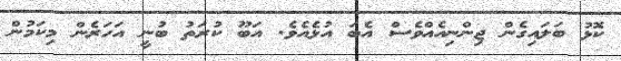
ކޮޅު ބަލައިގެން ޖިންނިއެއްވެސް އެބަ އުޅެއެވެ. އަބޫ ކުރަތު ބުނީ އަހަރެން މިކަމުން